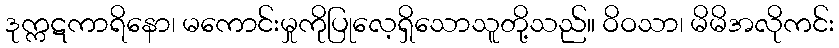
ဒုက္ကဋကာရိနော၊ မကောင်းမှုကိုပြုလေ့ရှိသောသူတို့သည်။ ဝိဝသာ၊ မိမိအလိုကင်း